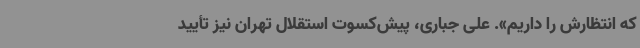
که انتظارش را داریم». علی جباری، پیش‌کسوت استقلال تهران نیز تأیید